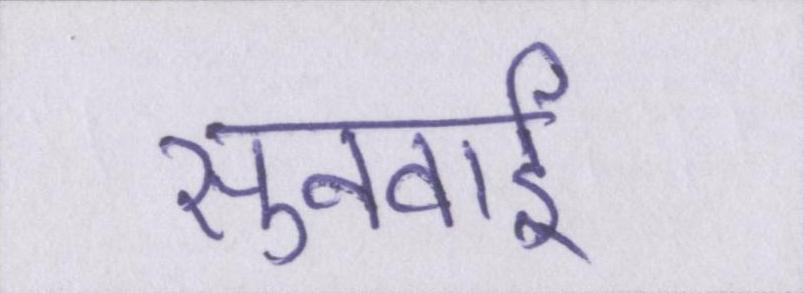
सुनवाई